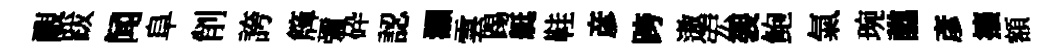
覼跋闻阜削誇簰彌砕認灝雲踢艇鞋彦跨遨宏袈鲍氣琬譙彥攘額